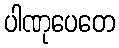
ပါဏုပေတေ